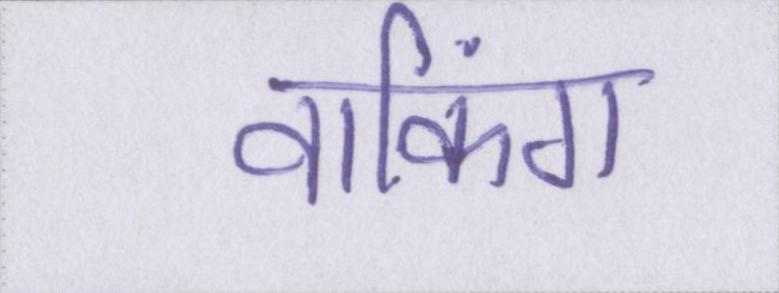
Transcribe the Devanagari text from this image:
वाकिंग